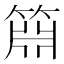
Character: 𬕝